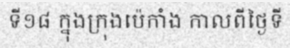
ទី១៨ ក្នុងក្រុងប៉េកាំង កាលពីថ្ងៃទី